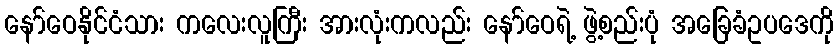
နော်ဝေနိုင်ငံသား ကလေးလူကြီး အားလုံးကလည်း နော်ဝေရဲ့ ဖွဲ့စည်းပုံ အခြေခံဥပဒေကို